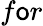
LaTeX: f\mathsf{o}r